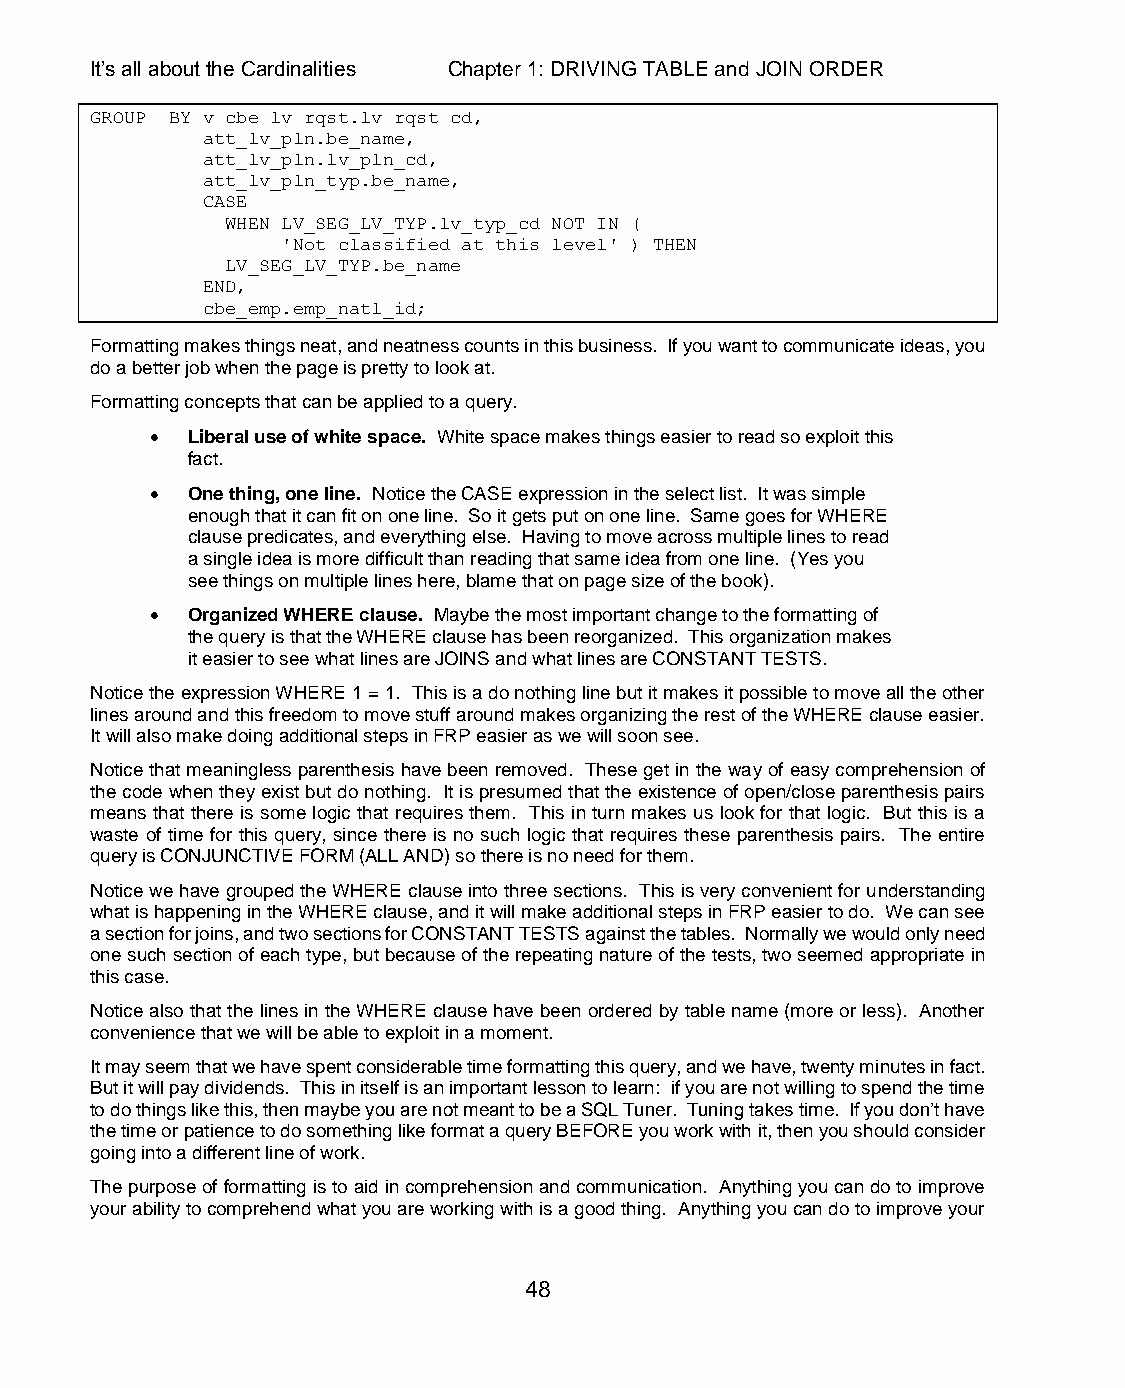
It’s all about the Cardinalities Chapter 1: DRIVING TABLE and JOIN ORDER
 GROUP BY v_cbe_lv_rqst.lv_rqst_cd,
 att_lv_pln.be_name,
 att_lv_pln.lv_pln_cd,
 att_lv_pln_typ.be_name,
 CASE
 WHEN LV_SEG_LV_TYP.lv_typ_cd NOT IN (
 'Not classified at this level' ) THEN
 LV_SEG_LV_TYP.be_name
 END,
 cbe_emp.emp_natl_id;
 Formatting makes things neat, and neatness counts in this business. If you want to communicate ideas, you
 do a better job when the page is pretty to look at.
 Formatting concepts that can be applied to a query.
  Liberal use of white space. White space makes things easier to read so exploit this
 fact.
  One thing, one line. Notice the CASE expression in the select list. It was simple
 enough that it can fit on one line. So it gets put on one line. Same goes for WHERE
 clause predicates, and everything else. Having to move across multiple lines to read
 a single idea is more difficult than reading that same idea from one line. (Yes you
 see things on multiple lines here, blame that on page size of the book).
  Organized WHERE clause. Maybe the most important change to the formatting of
 the query is that the WHERE clause has been reorganized. This organization makes
 it easier to see what lines are JOINS and what lines are CONSTANT TESTS.
 Notice the expression WHERE 1 = 1. This is a do nothing line but it makes it possible to move all the other
 lines around and this freedom to move stuff around makes organizing the rest of the WHERE clause easier.
 It will also make doing additional steps in FRP easier as we will soon see.
 Notice that meaningless parenthesis have been removed. These get in the way of easy comprehension of
 the code when they exist but do nothing. It is presumed that the existence of open/close parenthesis pairs
 means that there is some logic that requires them. This in turn makes us look for that logic. But this is a
 waste of time for this query, since there is no such logic that requires these parenthesis pairs. The entire
 query is CONJUNCTIVE FORM (ALL AND) so there is no need for them.
 Notice we have grouped the WHERE clause into three sections. This is very convenient for understanding
 what is happening in the WHERE clause, and it will make additional steps in FRP easier to do. We can see
 a section for joins, and two sections for CONSTANT TESTS against the tables. Normally we would only need
 one such section of each type, but because of the repeating nature of the tests, two seemed appropriate in
 this case.
 Notice also that the lines in the WHERE clause have been ordered by table name (more or less). Another
 convenience that we will be able to exploit in a moment.
 It may seem that we have spent considerable time formatting this query, and we have, twenty minutes in fact.
 But it will pay dividends. This in itself is an important lesson to learn: if you are not willing to spend the time
 to do things like this, then maybe you are not meant to be a SQL Tuner. Tuning takes time. If you don’t have
 the time or patience to do something like format a query BEFORE you work with it, then you should consider
 going into a different line of work.
 The purpose of formatting is to aid in comprehension and communication. Anything you can do to improve
 your ability to comprehend what you are working with is a good thing. Anything you can do to improve your
 48